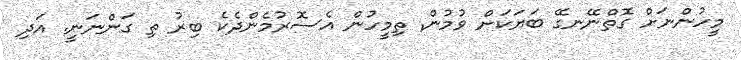
މީހުންނަށް ގޮތްނޭނގޭ ބަޔަކަށް ވުމުން